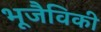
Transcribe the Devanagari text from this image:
भूजैविकी